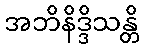
အဘိနိဒ္ဒိသန္တိ